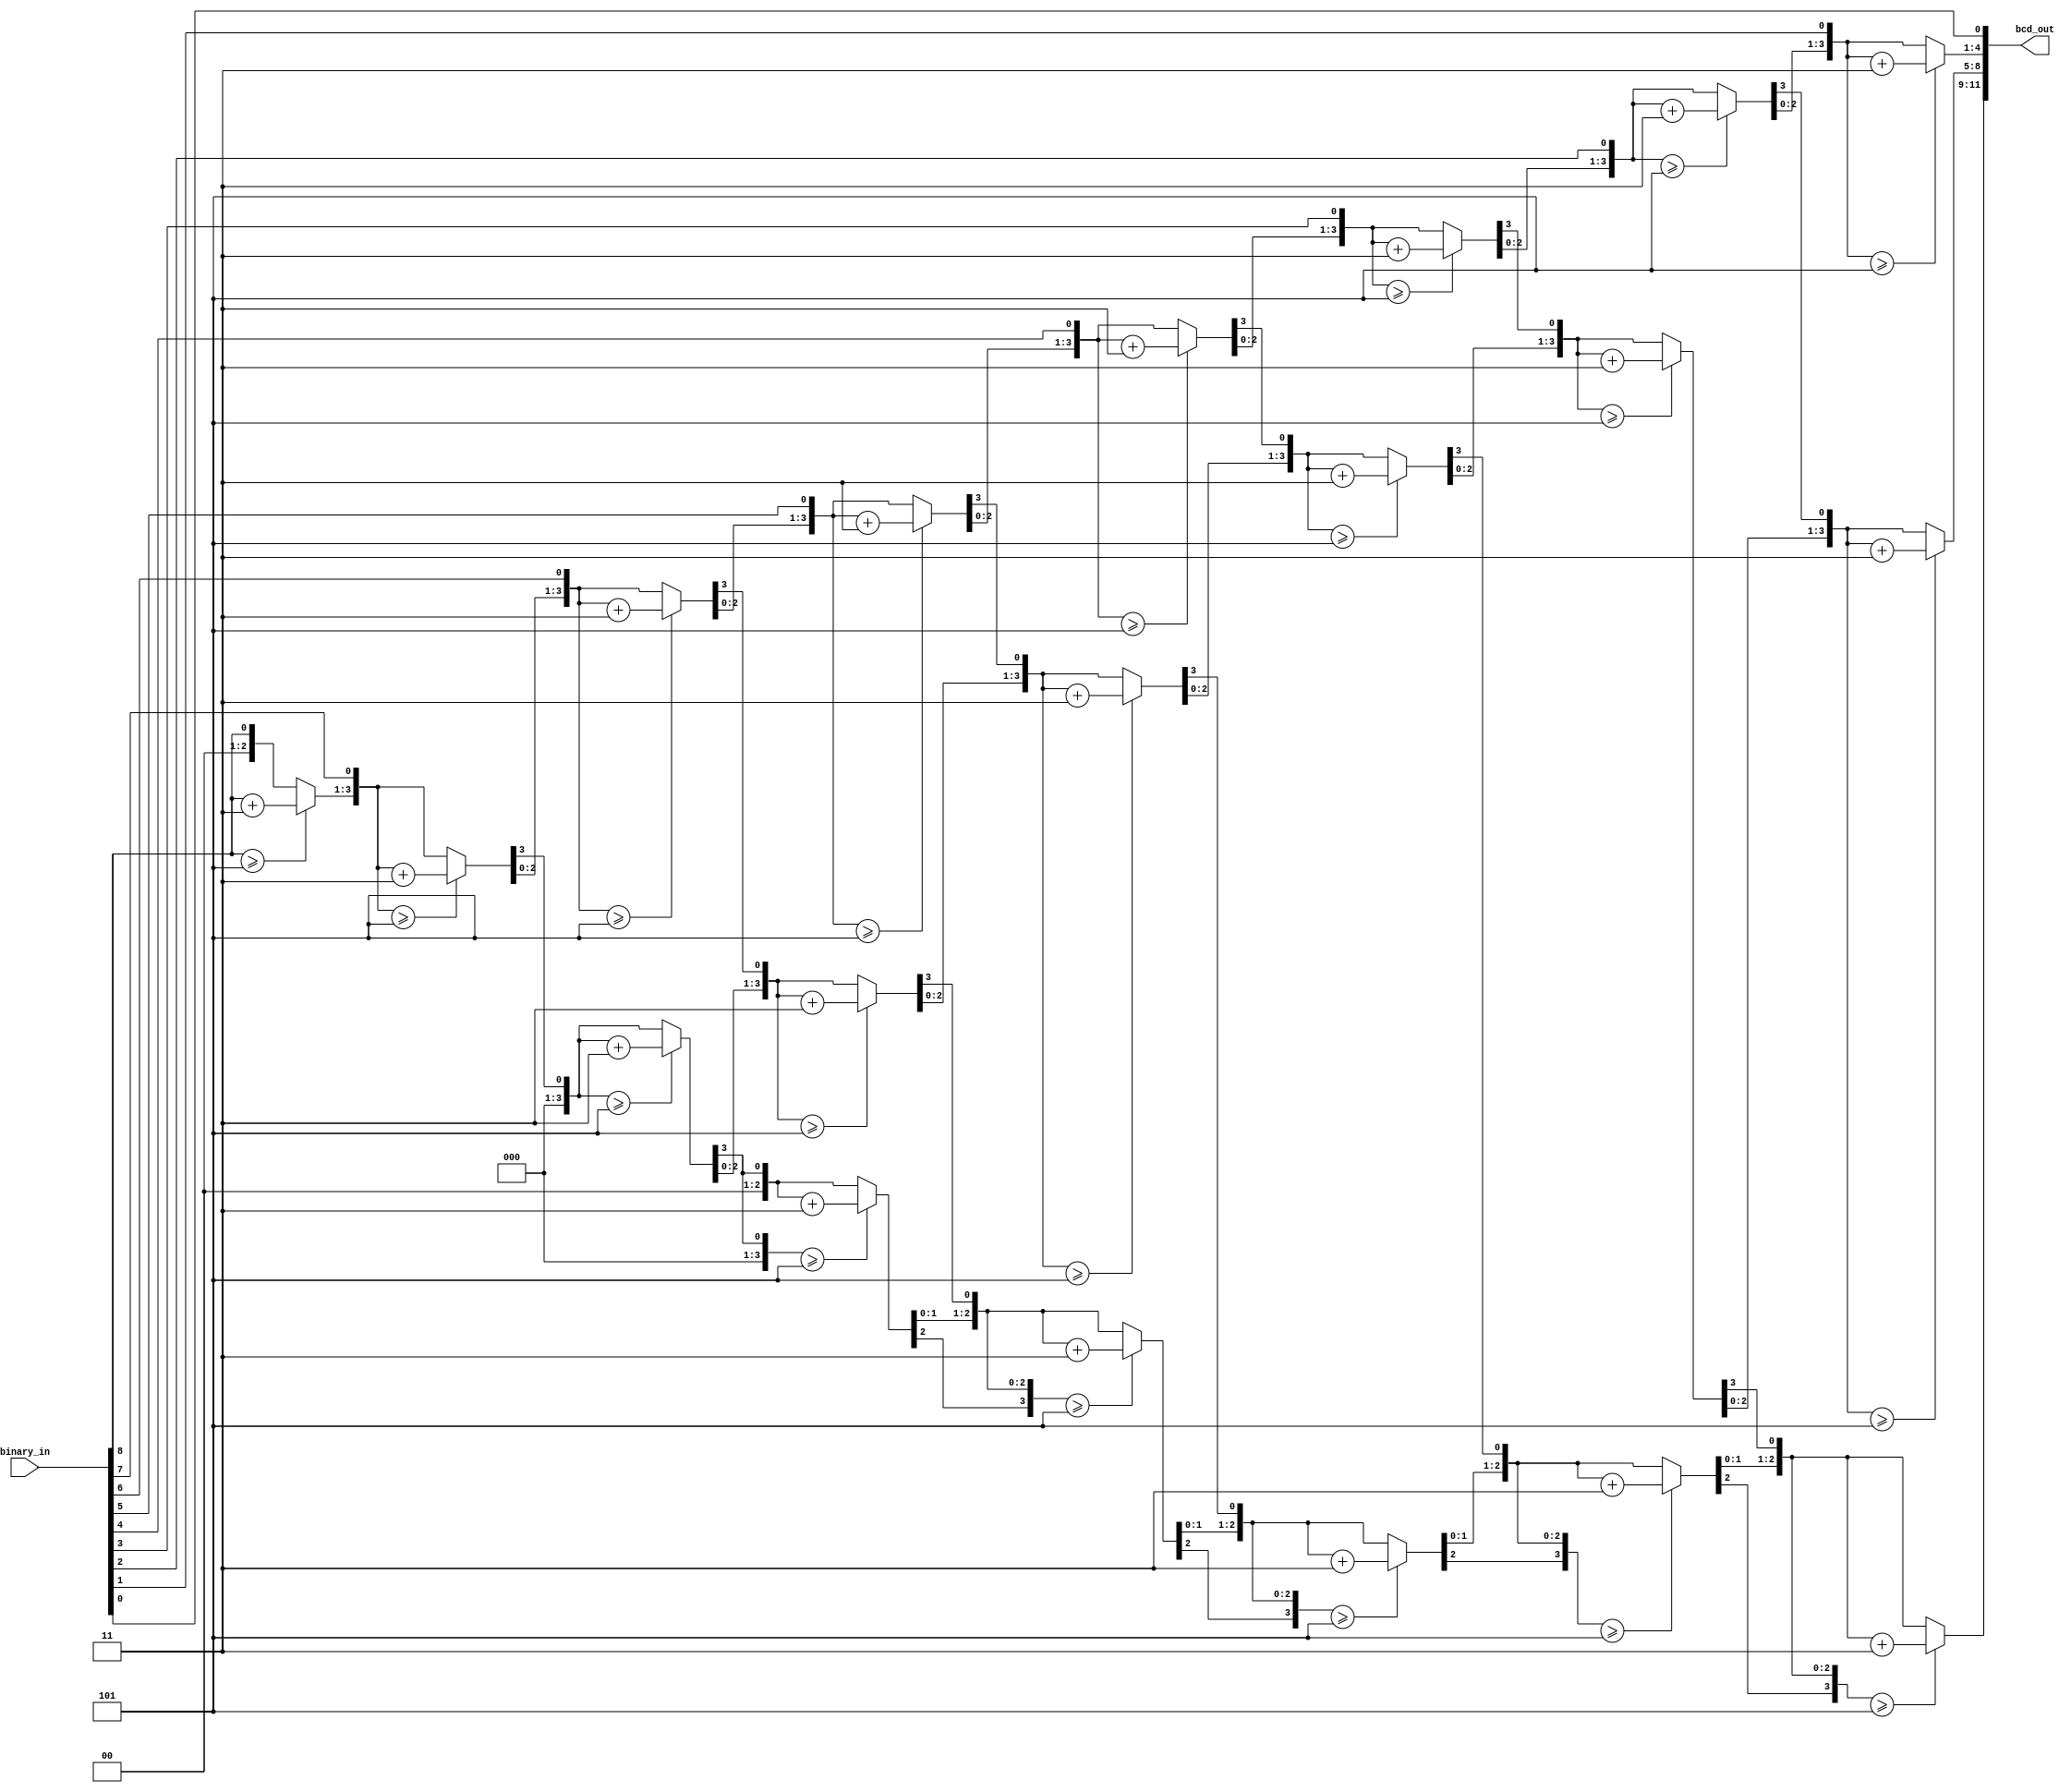
module bin2bcd (input [8:0] binary_in, output reg [11:0] bcd_out);

// This is some strange code, but it works.  Thank goodness for Google.

integer i;

always @ (binary_in)
    begin
        bcd_out = 0;

        for (i = 8; i >= 0; i = i-1)
            begin
                if (bcd_out[11:8] >= 5)
                    bcd_out[11:8] = bcd_out[11:8] + 4'd3;
                if (bcd_out[7:4] >= 5)
                    bcd_out[7:4] = bcd_out[7:4] + 4'd3;
                if (bcd_out[3:0] >= 5)
                    bcd_out[3:0] = bcd_out[3:0] + 4'd3;   

                bcd_out[11:8] = bcd_out[11:8] << 1;
                bcd_out[8] = bcd_out[7];
                bcd_out[7:4] = bcd_out[7:4] << 1;
                bcd_out[4] = bcd_out[3];
                bcd_out[3:0] = bcd_out[3:0] << 1;
                bcd_out[0] = binary_in[i];
            end
    end

endmodule